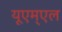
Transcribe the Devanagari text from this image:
यूएम्एल